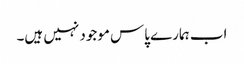
اب ہمارے پاس موجود نہیں ہیں۔